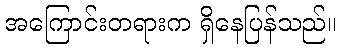
အကြောင်းတရားက ရှိနေပြန်သည်။